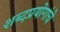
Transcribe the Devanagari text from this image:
शब्दप्रयोगांचे